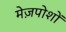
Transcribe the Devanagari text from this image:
मेज़पोशों